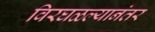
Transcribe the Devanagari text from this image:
विरघळल्यानंतर